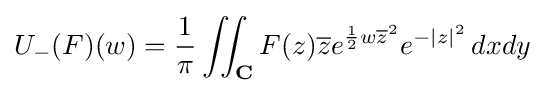
U_{-}(F)(w)={\frac {1}{\pi }}\iint _{\mathbf {C} }F(z){\overline {z}}e^{{\frac {1}{2}}w{\overline {z}}^{2}}e^{-|z|^{2}}\,dxdy